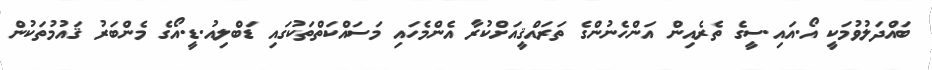
ބައްދަލުވުމަކީ އޯ.އައި.ސީގެ ތެރެއިން އަންހެނުންގެ ތަރައްޤީއަށްކުރާ އެންމެހައި މަސައްކަތްތަކުގައި ޑަބްލިއު.ޑީ.އޯގެ މެންބަރު ޤައުމުތަކުން